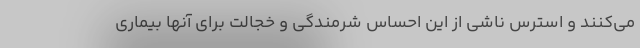
می‌کنند و استرس ناشی از این احساس شرمندگی و خجالت برای آنها بیماری